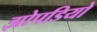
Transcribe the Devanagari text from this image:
झोपडियो